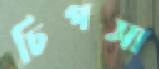
চিপসা